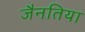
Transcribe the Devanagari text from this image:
जैनतिया